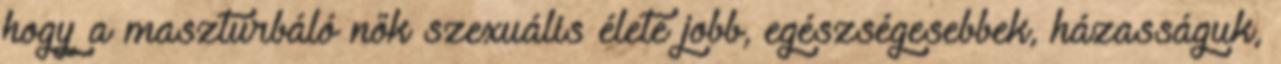
hogy a maszturbáló nők szexuális élete jobb, egészségesebbek, házasságuk,